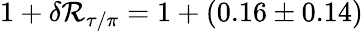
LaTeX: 1+\delta\mathcal{R}_{\tau/\pi}=1+(0.16\pm0.14)